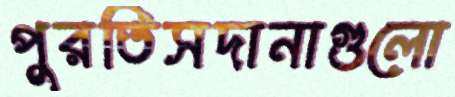
পুরতিসদানাগুলো